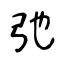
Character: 弛